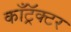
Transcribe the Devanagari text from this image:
काँट्रॅक्टर